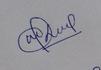
Signature authenticity: genuine